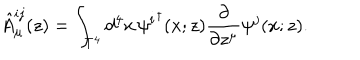
\hat { A } _ { \mu } ^ { i j } ( z ) = \int _ { T ^ { 4 } } d ^ { 4 } x \, { \psi ^ { i } } ^ { \dagger } ( x ; z ) \frac { \partial } { \partial z ^ { \mu } } \psi ^ { j } ( x ; z ) .